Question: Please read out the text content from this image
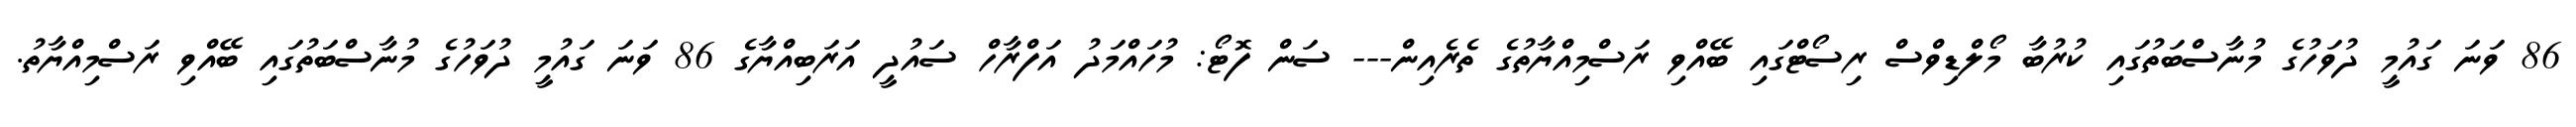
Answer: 86 ވަނަ ގައުމީ ދުވަހުގެ މުނާސްބަތުގައި ކުރުބާ މޯލްޑިވްސް ރިސޯޓްގައި ބޭއްވި ރަސްމިއްޔާތުގެ ތެރެއިން--- ސަން ފޮޓޯ: މުހައްމަދު އަފްރާހް ސައުދީ އަރަބިއްޔާގެ 86 ވަނަ ގައުމީ ދުވަހުގެ މުނާސްބަތުގައި ބޭއްވި ރަސްމިއްޔާތު.